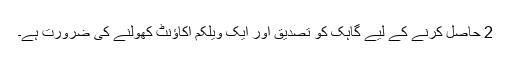
2 حاصل کرنے کے لیے گاہک کو تصدیق اور ایک ویلکم اکاؤنٹ کھولنے کی ضرورت ہے۔